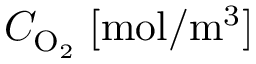
C _ { \mathrm { O _ { 2 } } } \; [ \mathrm { m o l } / \mathrm { m } ^ { 3 } ]